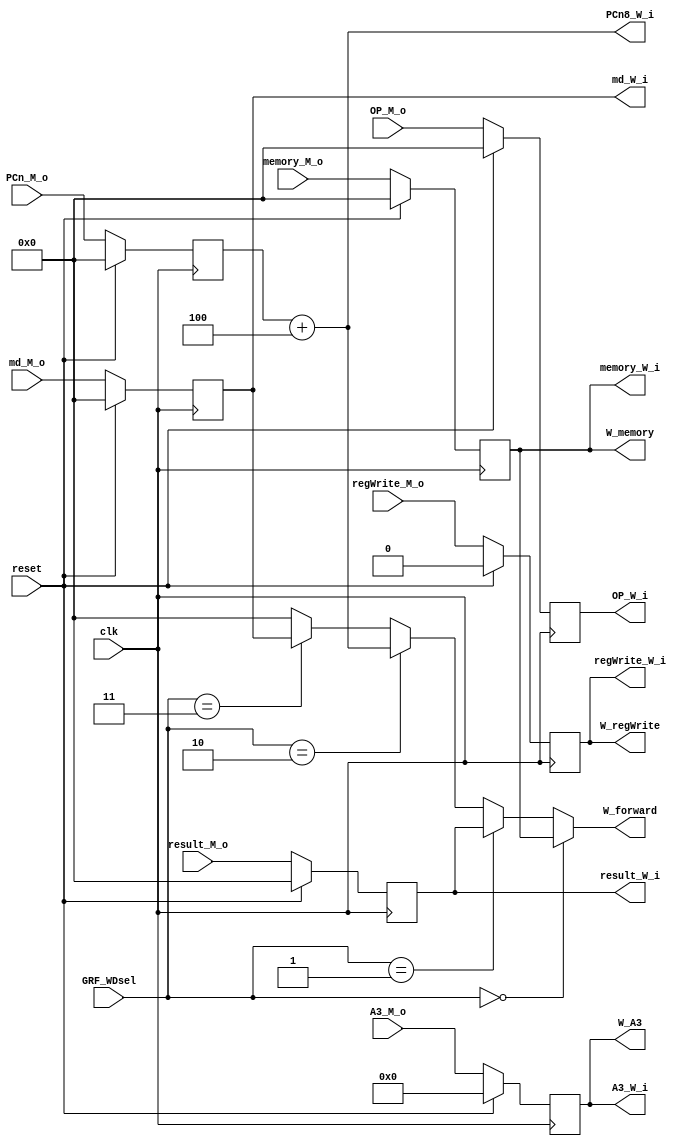
`timescale 1ns / 1ps
//////////////////////////////////////////////////////////////////////////////////
// Company: 
// Engineer: 
// 
// Design Name: 
// Module Name:    W 
// Project Name: 
// Target Devices: 
// Tool versions: 
// Description: 
//
// Dependencies: 
//
// Revision: 
// Revision 0.01 - File Created
// Additional Comments: 
//
//////////////////////////////////////////////////////////////////////////////////
module W(
    input clk,
    input reset,
	 input [1:0] GRF_WDsel, 
	 //from Memory
	 input [31:0] md_M_o,
	 input [31:0] memory_M_o,
    input [31:0] result_M_o,
	 input [31:0] PCn_M_o,
	 input regWrite_M_o,
	 input [4:0] A3_M_o,
	 input [31:0] OP_M_o,
	 //output
	 output [31:0] md_W_i,
	 output [31:0] memory_W_i,
    output [31:0] result_W_i,
	 output [31:0] PCn8_W_i,
	 output regWrite_W_i,
	 output [4:0] A3_W_i,
	 output [31:0] OP_W_i,
	 output [31:0] W_memory,
	 output [31:0] W_forward,
	 output W_regWrite,
	 output [4:0] W_A3
    );
reg [31:0] memory,result,PCn,OP,md;
reg [4:0] A3;
reg regWrite;
always @(posedge clk) begin
       if(reset) begin
		       memory<=0;
				 result<=0;
				 PCn<=0;
				 OP<=0;
				 A3<=0;
				 md<=0;
				 regWrite<=0;
		 end
		 else begin
		       memory<=memory_M_o;
				 result<=result_M_o;
				 PCn<=PCn_M_o;
				 OP<=OP_M_o;
				 A3<=A3_M_o;
				 md<=md_M_o;
				 regWrite<=regWrite_M_o;
		 end
end
assign memory_W_i=memory;
assign result_W_i=result;
assign PCn8_W_i=PCn+4;//PCn8=PCn+4
assign OP_W_i=OP;
assign A3_W_i=A3;
assign regWrite_W_i=regWrite;
assign W_memory=memory;
assign W_regWrite=regWrite;
assign md_W_i=md;
assign W_A3=A3;
assign W_forward=(GRF_WDsel==2'b00)?memory:
              (GRF_WDsel==2'b01)?result:
				  (GRF_WDsel==2'b10)?PCn8_W_i:
				  (GRF_WDsel==2'b11)?md:0;
endmodule